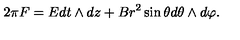
2 \pi F = E d t \land d z + B r ^ { 2 } \sin \theta d \theta \land d \varphi .